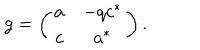
g = \left( \begin{array} { c c } { { a } } & { { - q c ^ { * } } } \\ { { c } } & { { a ^ { * } } } \\ \end{array} \right) .